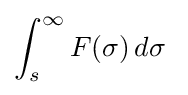
\int _{s}^{\infty }F(\sigma )\,d\sigma \